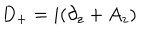
D _ { + } = i ( \partial _ { z } + A _ { z } )